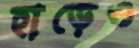
হাড়েও